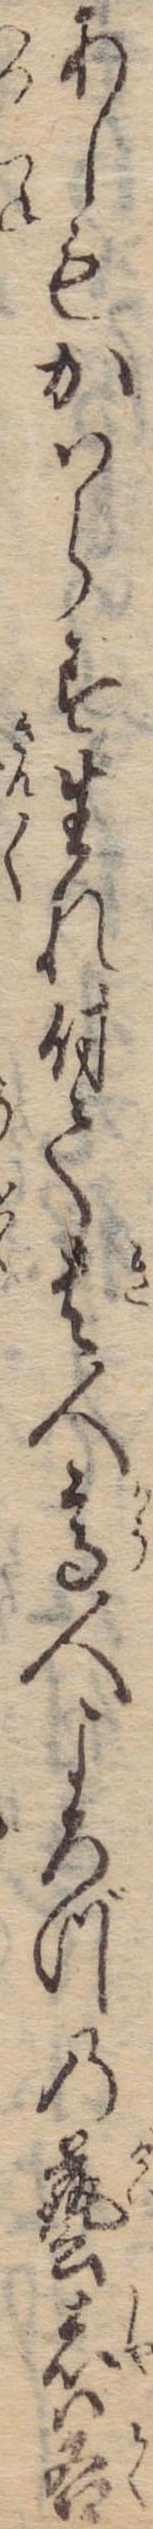
あしもかはらす生れ付て貴人高人よろづの芸者は各